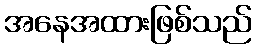
အနေအထားဖြစ်သည်